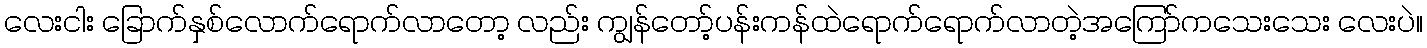
လေးငါး ခြောက်နှစ်လောက်ရောက်လာတော့ လည်း ကျွန်တော့်ပန်းကန်ထဲရောက်ရောက်လာတဲ့အကြော်ကသေးသေး လေးပဲ။